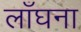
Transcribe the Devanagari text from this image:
लाँघना